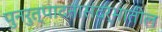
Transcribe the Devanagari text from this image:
पुनरुत्पादनासंदर्भातील